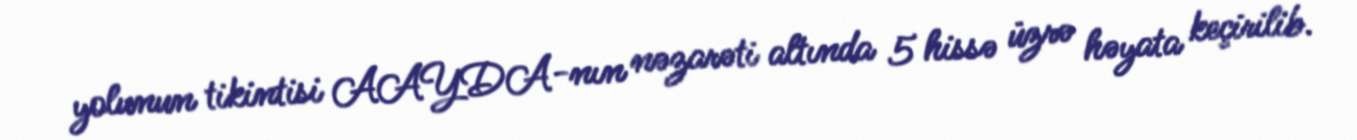
yolunun tikintisi AAYDA-nın nəzarəti altında 5 hissə üzrə həyata keçirilib.